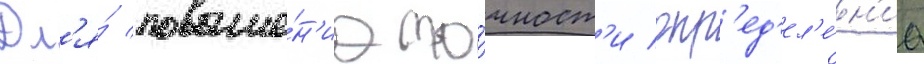
Дл'я́ повыше́н'иа то́чност'и опр'ед'ел'е́н'иа